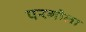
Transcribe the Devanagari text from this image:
परगोला